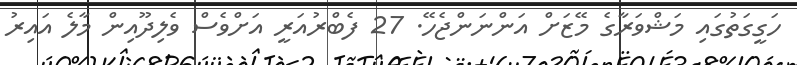
ހަގީގަތުގައި މަޝްވަރާގެ މޭޒަށް އަންނަންޖެހޭ. 27 ފެބްރުއަރީ އަށްވެސް ވެލިދޫއިން މާލެ އައިރު